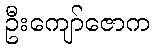
ဦးကျော်ဇောက